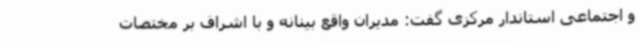
و اجتماعی استاندار مرکزی گفت: مدیران واقع بینانه و با اشراف بر مختصات